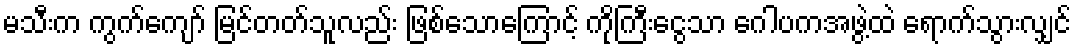
မသီးက ကွက်ကျော် မြင်တတ်သူလည်း ဖြစ်သောကြောင့် ကိုကြီးငွေသာ ဂေါပကအဖွဲ့ထဲ ရောက်သွားလျှင်